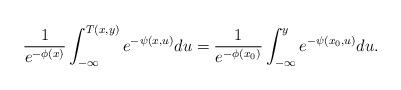
LaTeX: \begin{align*} \frac{1}{e^{-\phi(x)}}\int_{-\infty}^{T(x,y)} e^{-\psi(x,u)} du = \frac{1}{e^{-\phi(x_0)}} \int_{-\infty}^y e^{-\psi(x_0,u)} du.\end{align*}